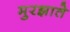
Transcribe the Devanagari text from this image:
मुरझाते